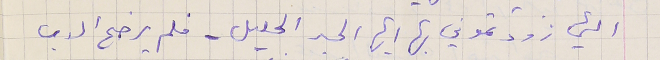
التي زودتموني بها ايها الحبر الجليل - فلم يرضح الاب